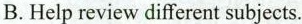
B.Help review different subjects.